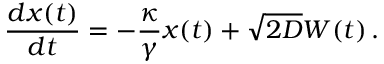
\frac { d x ( t ) } { d t } = - \frac { \kappa } { \gamma } x ( t ) + \sqrt { 2 D } W ( t ) \, .